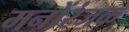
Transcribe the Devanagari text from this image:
मनोंरंजक